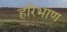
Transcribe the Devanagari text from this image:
हरिभाण